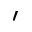
\prime